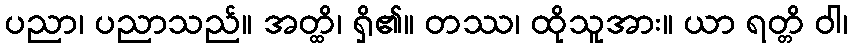
ပညာ၊ ပညာသည်။ အတ္ထိ၊ ရှိ၏။ တဿ၊ ထိုသူအား။ ယာ ရတ္တိ ဝါ၊